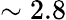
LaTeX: \sim 2.8